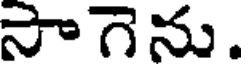
సాగెను.